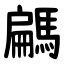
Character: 騗